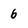
Character: b